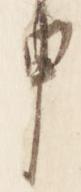
申